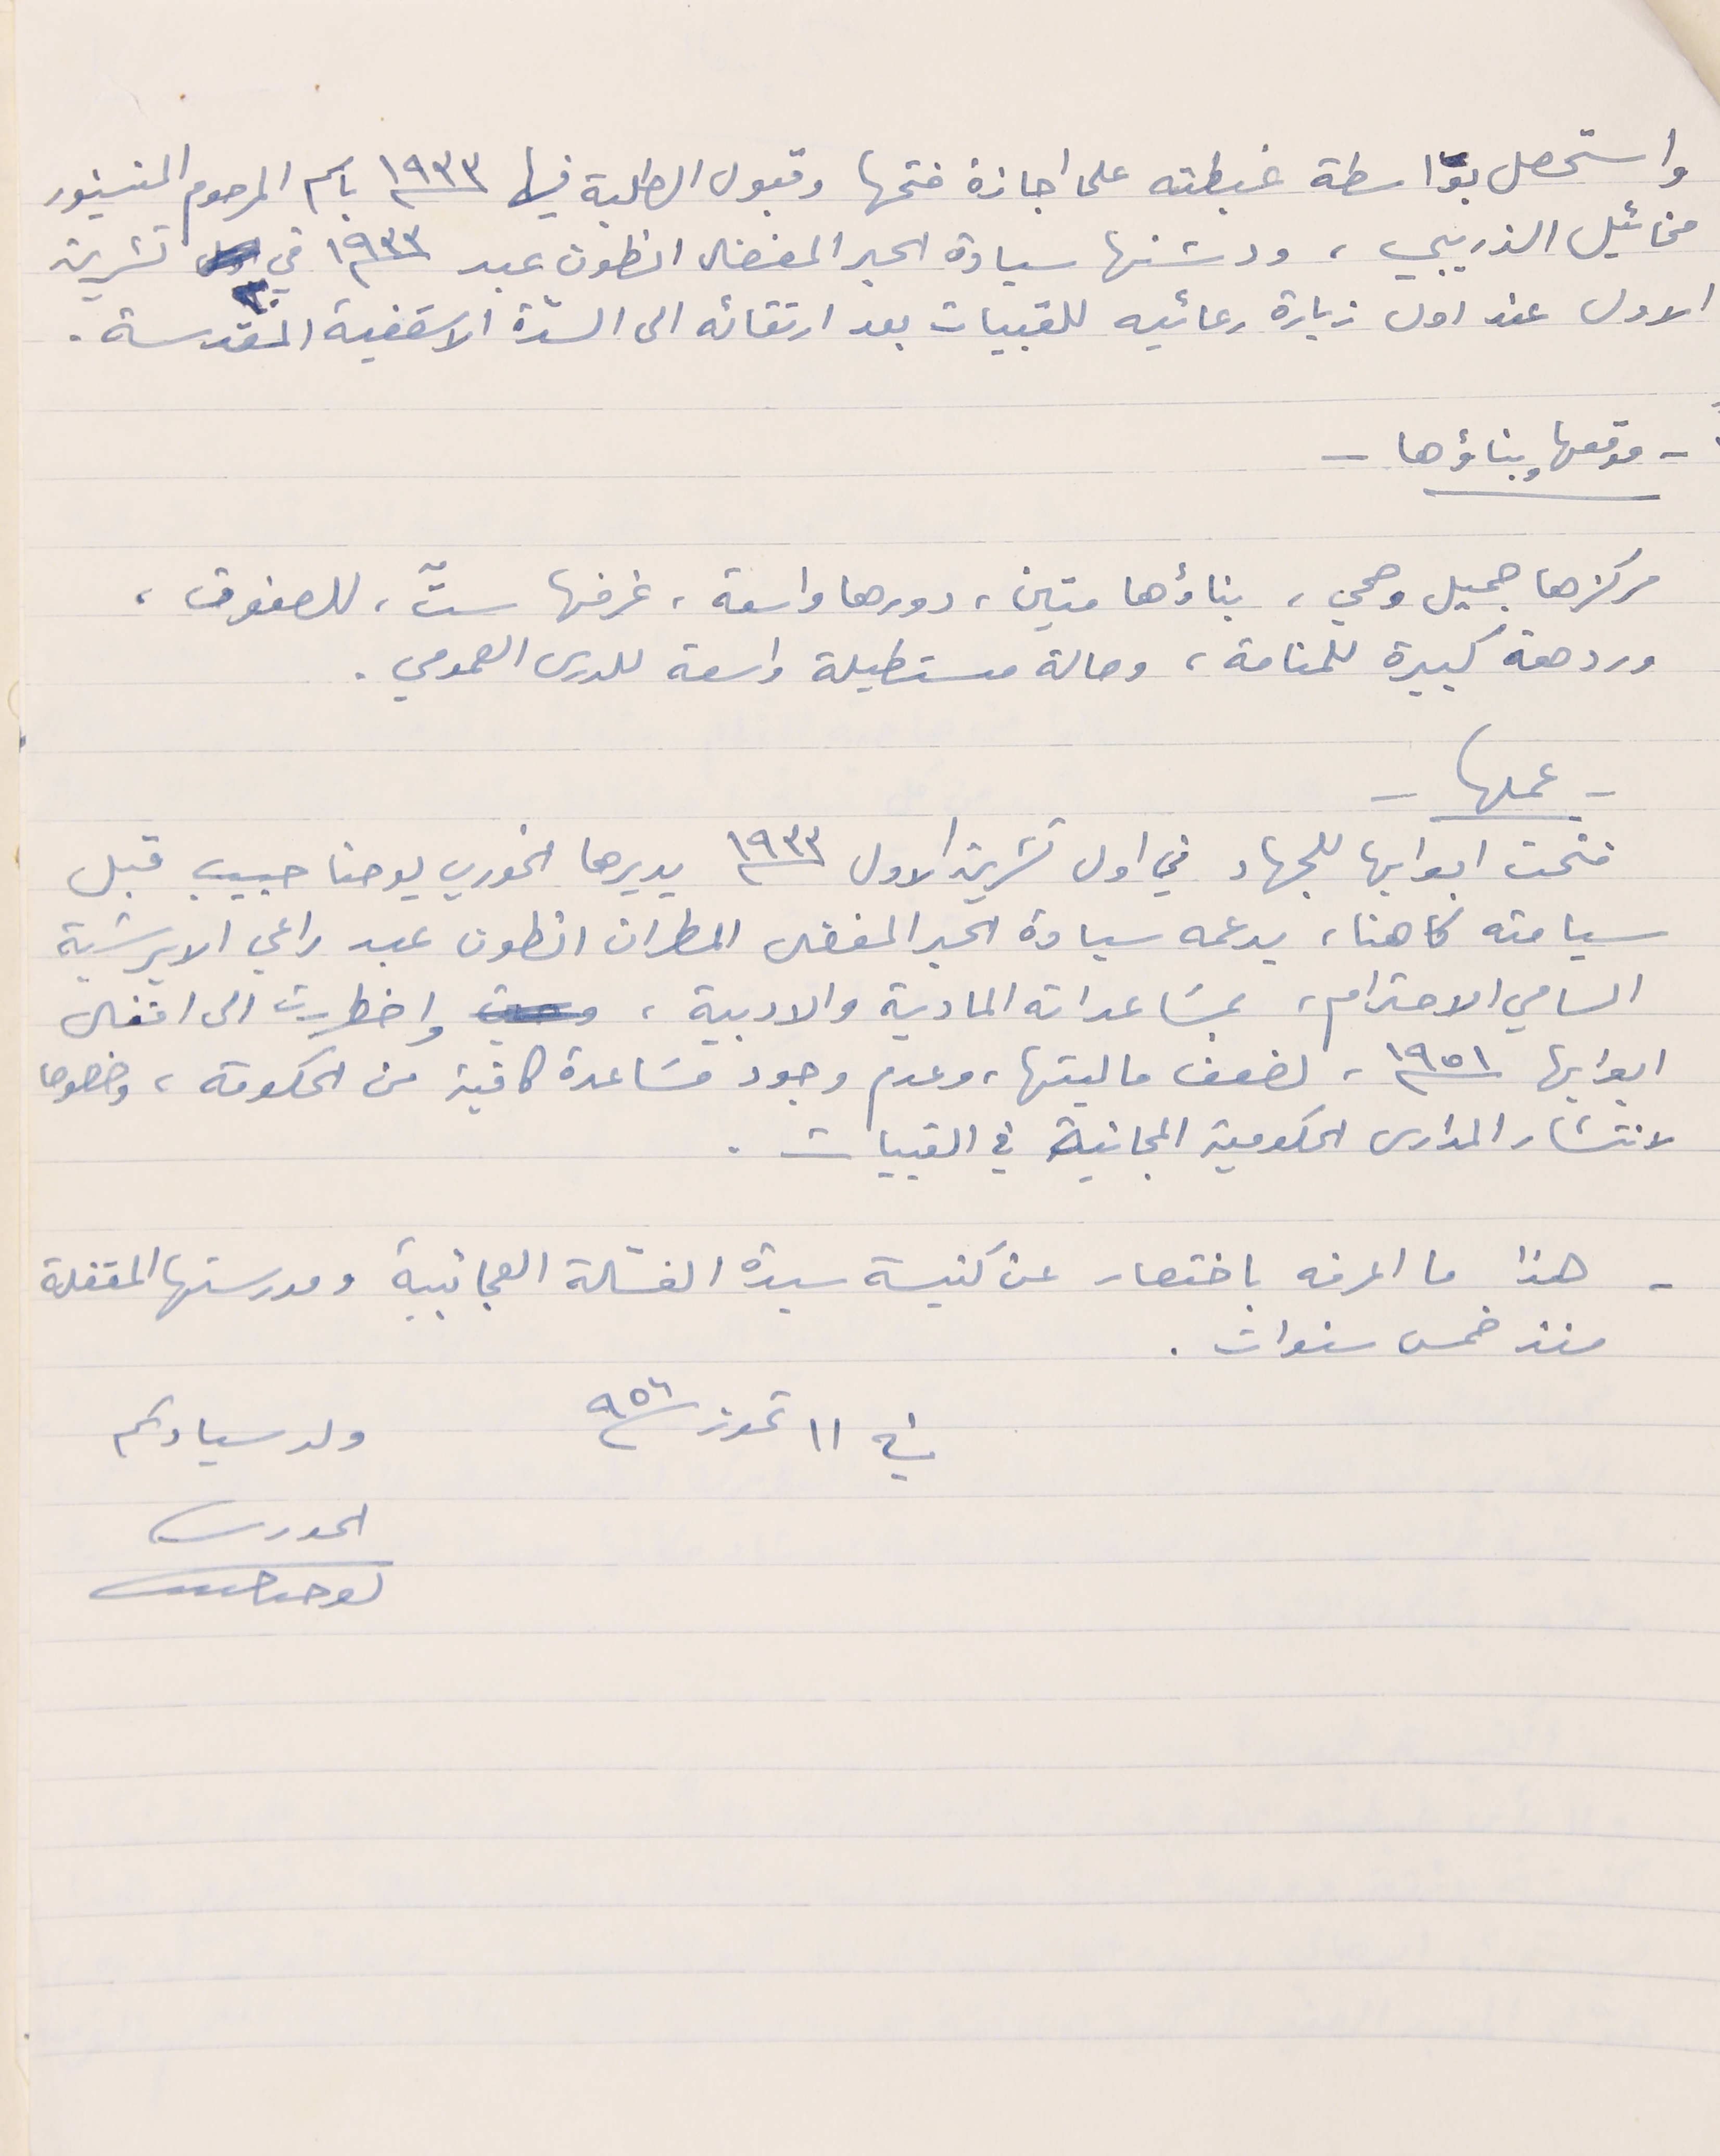
واستحصل بواسطة غبطته على اجازة فتحها وقبول الطلبة فيها سنة ١٩٣٣ باسم المرحوم المنسنيور
مخائيل الذريبي، ودشنها سيادة الحبر المفضال انطون عبد سنة ١٩٣٣ في ٢٠ تشرين
الاول عند اول زيارة رعائيه للقبيات بعد ارتقائه الى السدّة الاسقفية المقدسة.
- موقعها وبناؤها -
مركزها جميل وصحي، بناؤها متين، دورها واسعة، غرفها ستّ، للصفوف،
وردهة كبيرة للمنامة، وصالة مستطيلة واسعة للدرس العمومي.
- عملها -
فتحت ابوابها للجهاد في اول تشرين الاول سنة ١٩٣٣ يديرها الخوري يوحنا حبيب قبل
سيامته كاهنا، يدعمه سيادة الحبر المفضل المطران انطون عبد راعي الابرشية
السامي الاحترام، بمسَاعداته المادية والادبية، واضطررت الى اقفال
ابوابها سنة ١٩٥١، لضعف ماليتها، وعدم وجود مسَاعدة كافية من الحكومة، وخصوصا
لانتشار المدارس الحكومية المجانية في القبيات.
- هذا ما اعرفه باختصار عن كنيسة سيدة الغسَالة العجائبية ومدرستها المقفلة
منذ خمس سنوات.
ولد سيادتكم الحورى ىوحىا حىىب
في ١١ تموز سنة ٩٥٦